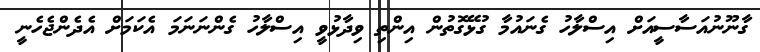
ގާނޫނުއަސާސީއަށް އިސްލާހު ގެނައުމާ ގުޅޭގޮތުން އިންތި ވިދާޅުވީ އިސްލާހު ގެންނަނަމަ އެކަމަށް އެދެންޖެހެނީ